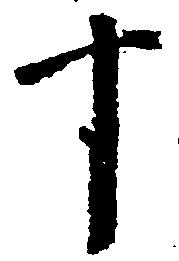
十